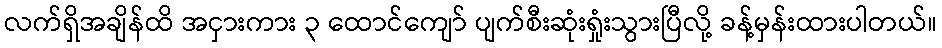
လက်ရှိအချိန်ထိ အငှားကား ၃ ထောင်ကျော် ပျက်စီးဆုံးရှုံးသွားပြီလို့ ခန့်မှန်းထားပါတယ်။